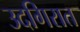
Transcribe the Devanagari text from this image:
उदगिरात